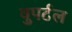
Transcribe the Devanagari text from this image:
वुपर्टल